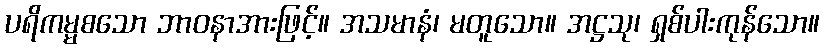
ပရိကမ္မစသော ဘာဝနာအားဖြင့်။ အသမာနံ၊ မတူသော။ အဋ္ဌသု၊ ရှစ်ပါးကုန်သော။